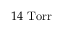
1 4 ~ \mathrm { T o r r }